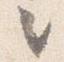
々